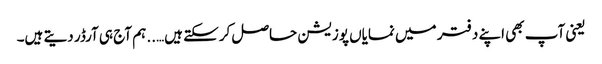
یعنی آپ بھی اپنے دفتر میں نمایاں پوزیشن حاصل کرسکتے ہیں….. ہم آج ہی آرڈر دیتے ہیں۔